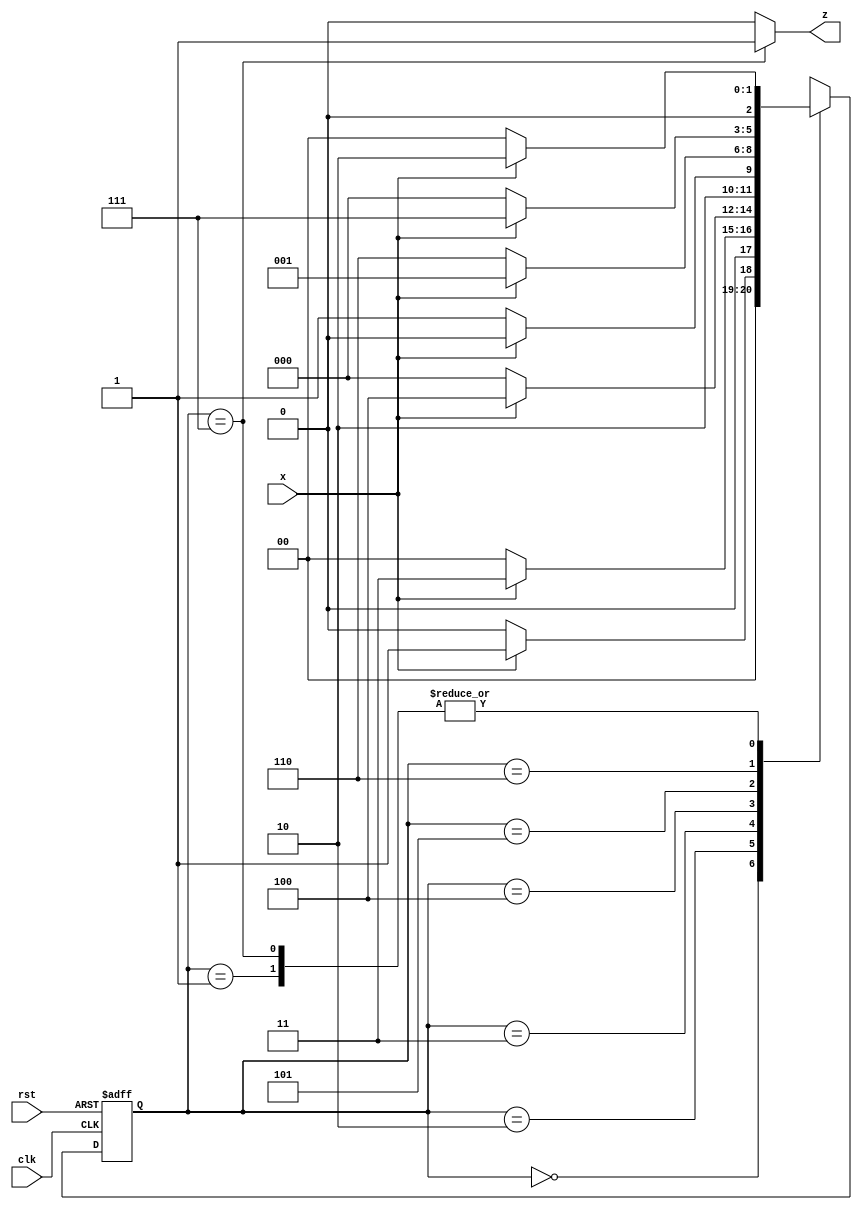
//Design

module moore_overlapping_1111001 (input clk, rst, x, output z);
  parameter s0 = 3'b000;
  parameter s1 = 3'b001;
  parameter s2 = 3'b010;
  parameter s3 = 3'b011;
  parameter s4 = 3'b100; 
  parameter s5 = 3'b101;
  parameter s6 = 3'b110; 
  parameter s7 = 3'b111;
  
  reg [2:0] state, next_state;
  
  always @(posedge clk or posedge rst) begin
    if(rst) begin 
      state <= s0;
    end
    else state <= next_state;
  end
  
  always @(state or x) begin
    case(state)
      s0: begin
           if(x == 0) next_state = s0;
           else       next_state = s1;
         end
      s1: begin
           if(x == 0) next_state = s0;
           else       next_state = s2;
         end
      s2: begin
           if(x == 0) next_state = s0;
           else       next_state = s3;
         end
      s3: begin
           if(x == 0) next_state = s0;
           else       next_state = s4;
         end
      s4: begin
           if(x == 0) next_state = s5;
           else       next_state = s4; 
         end
      s5: begin
           if(x == 0) next_state = s6;
           else       next_state = s1;
         end
      s6: begin
           if(x == 0) next_state = s0;
           else       next_state = s7; 
         end
      s7: begin
           if(x == 0) next_state = s0;
           else       next_state = s2;
         end
      default: next_state = s0;
    endcase
  end
  assign z = (state == s7)? 1:0;
endmodule